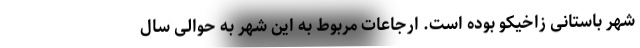
شهر باستانی زاخیکو بوده است. ارجاعات مربوط به این شهر به حوالی سال